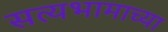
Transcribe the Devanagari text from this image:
सत्यभामाच्या